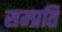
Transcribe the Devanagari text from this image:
सम्‍प्रति